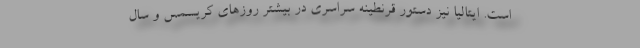
است. ایتالیا نیز دستور قرنطینه سراسری در بیشتر روزهای کریسمس و سال